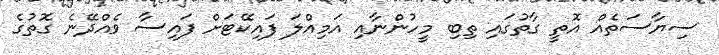
ސިޔާސަތެއް އޮތީ ގާތުގައި ތިބި މީހުންނާއި އަމިއްލަ ފައިކޭޓަށް ފައިސާ ވެއްދޭނެ ގޮތުގެ